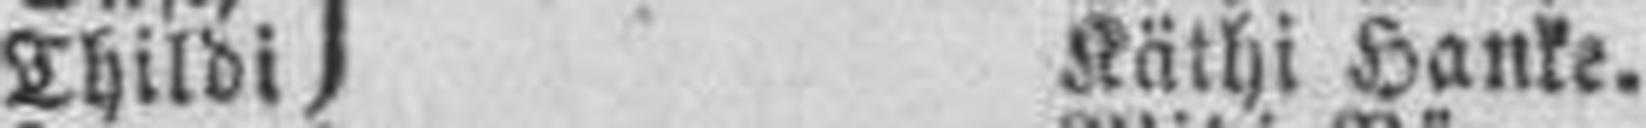
Thildi Käthi Hanke.